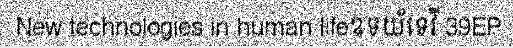
New technologies in human lifeឧទយ័ទេវី 39EP